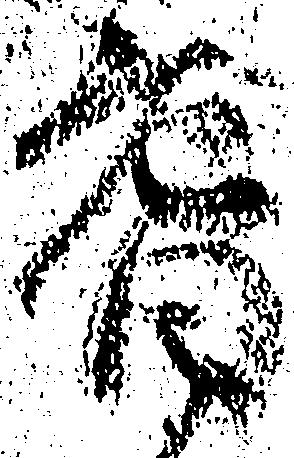
耆